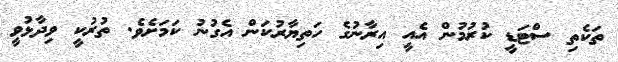
ތަކެތި ސްޓަޑީ ކުރުމުން އެއީ އިރާނުގެ ހަތިޔާރުކަން އެގުނު ކަމަށެވެ. ތުރުކީ ވިދާޅުވީ